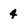
Character: 4